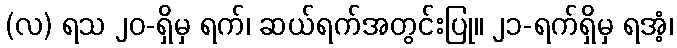
(လ) ရသ ၂၀-ရှိမှ ရက်၊ ဆယ်ရက်အတွင်းပြု။ ၂၁-ရက်ရှိမှ ရအံ့၊